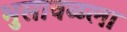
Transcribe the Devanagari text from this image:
भुसावळला